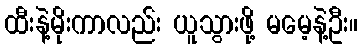
ထီးနဲ့မိုးကာလည်း ယူသွားဖို့ မမေ့နဲ့ဦး။